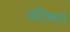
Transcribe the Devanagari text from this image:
अतिमार्ग